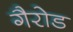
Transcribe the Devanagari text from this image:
गैरोड